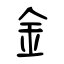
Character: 釒